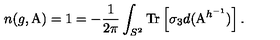
n ( g , \mathrm { \boldmath A } ) = 1 = - \frac { 1 } { 2 \pi } \int _ { S ^ { 2 } } \mathrm { T r } \left[ \sigma _ { 3 } d ( \mathrm { \boldmath A } ^ { h ^ { - 1 } } ) \right] .